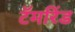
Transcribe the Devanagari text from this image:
टॅमरिंड